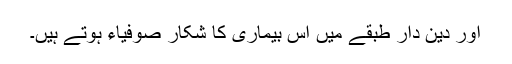
اور دین دار طبقے میں اس بیماری کا شکار صوفیاء ہوتے ہیں۔